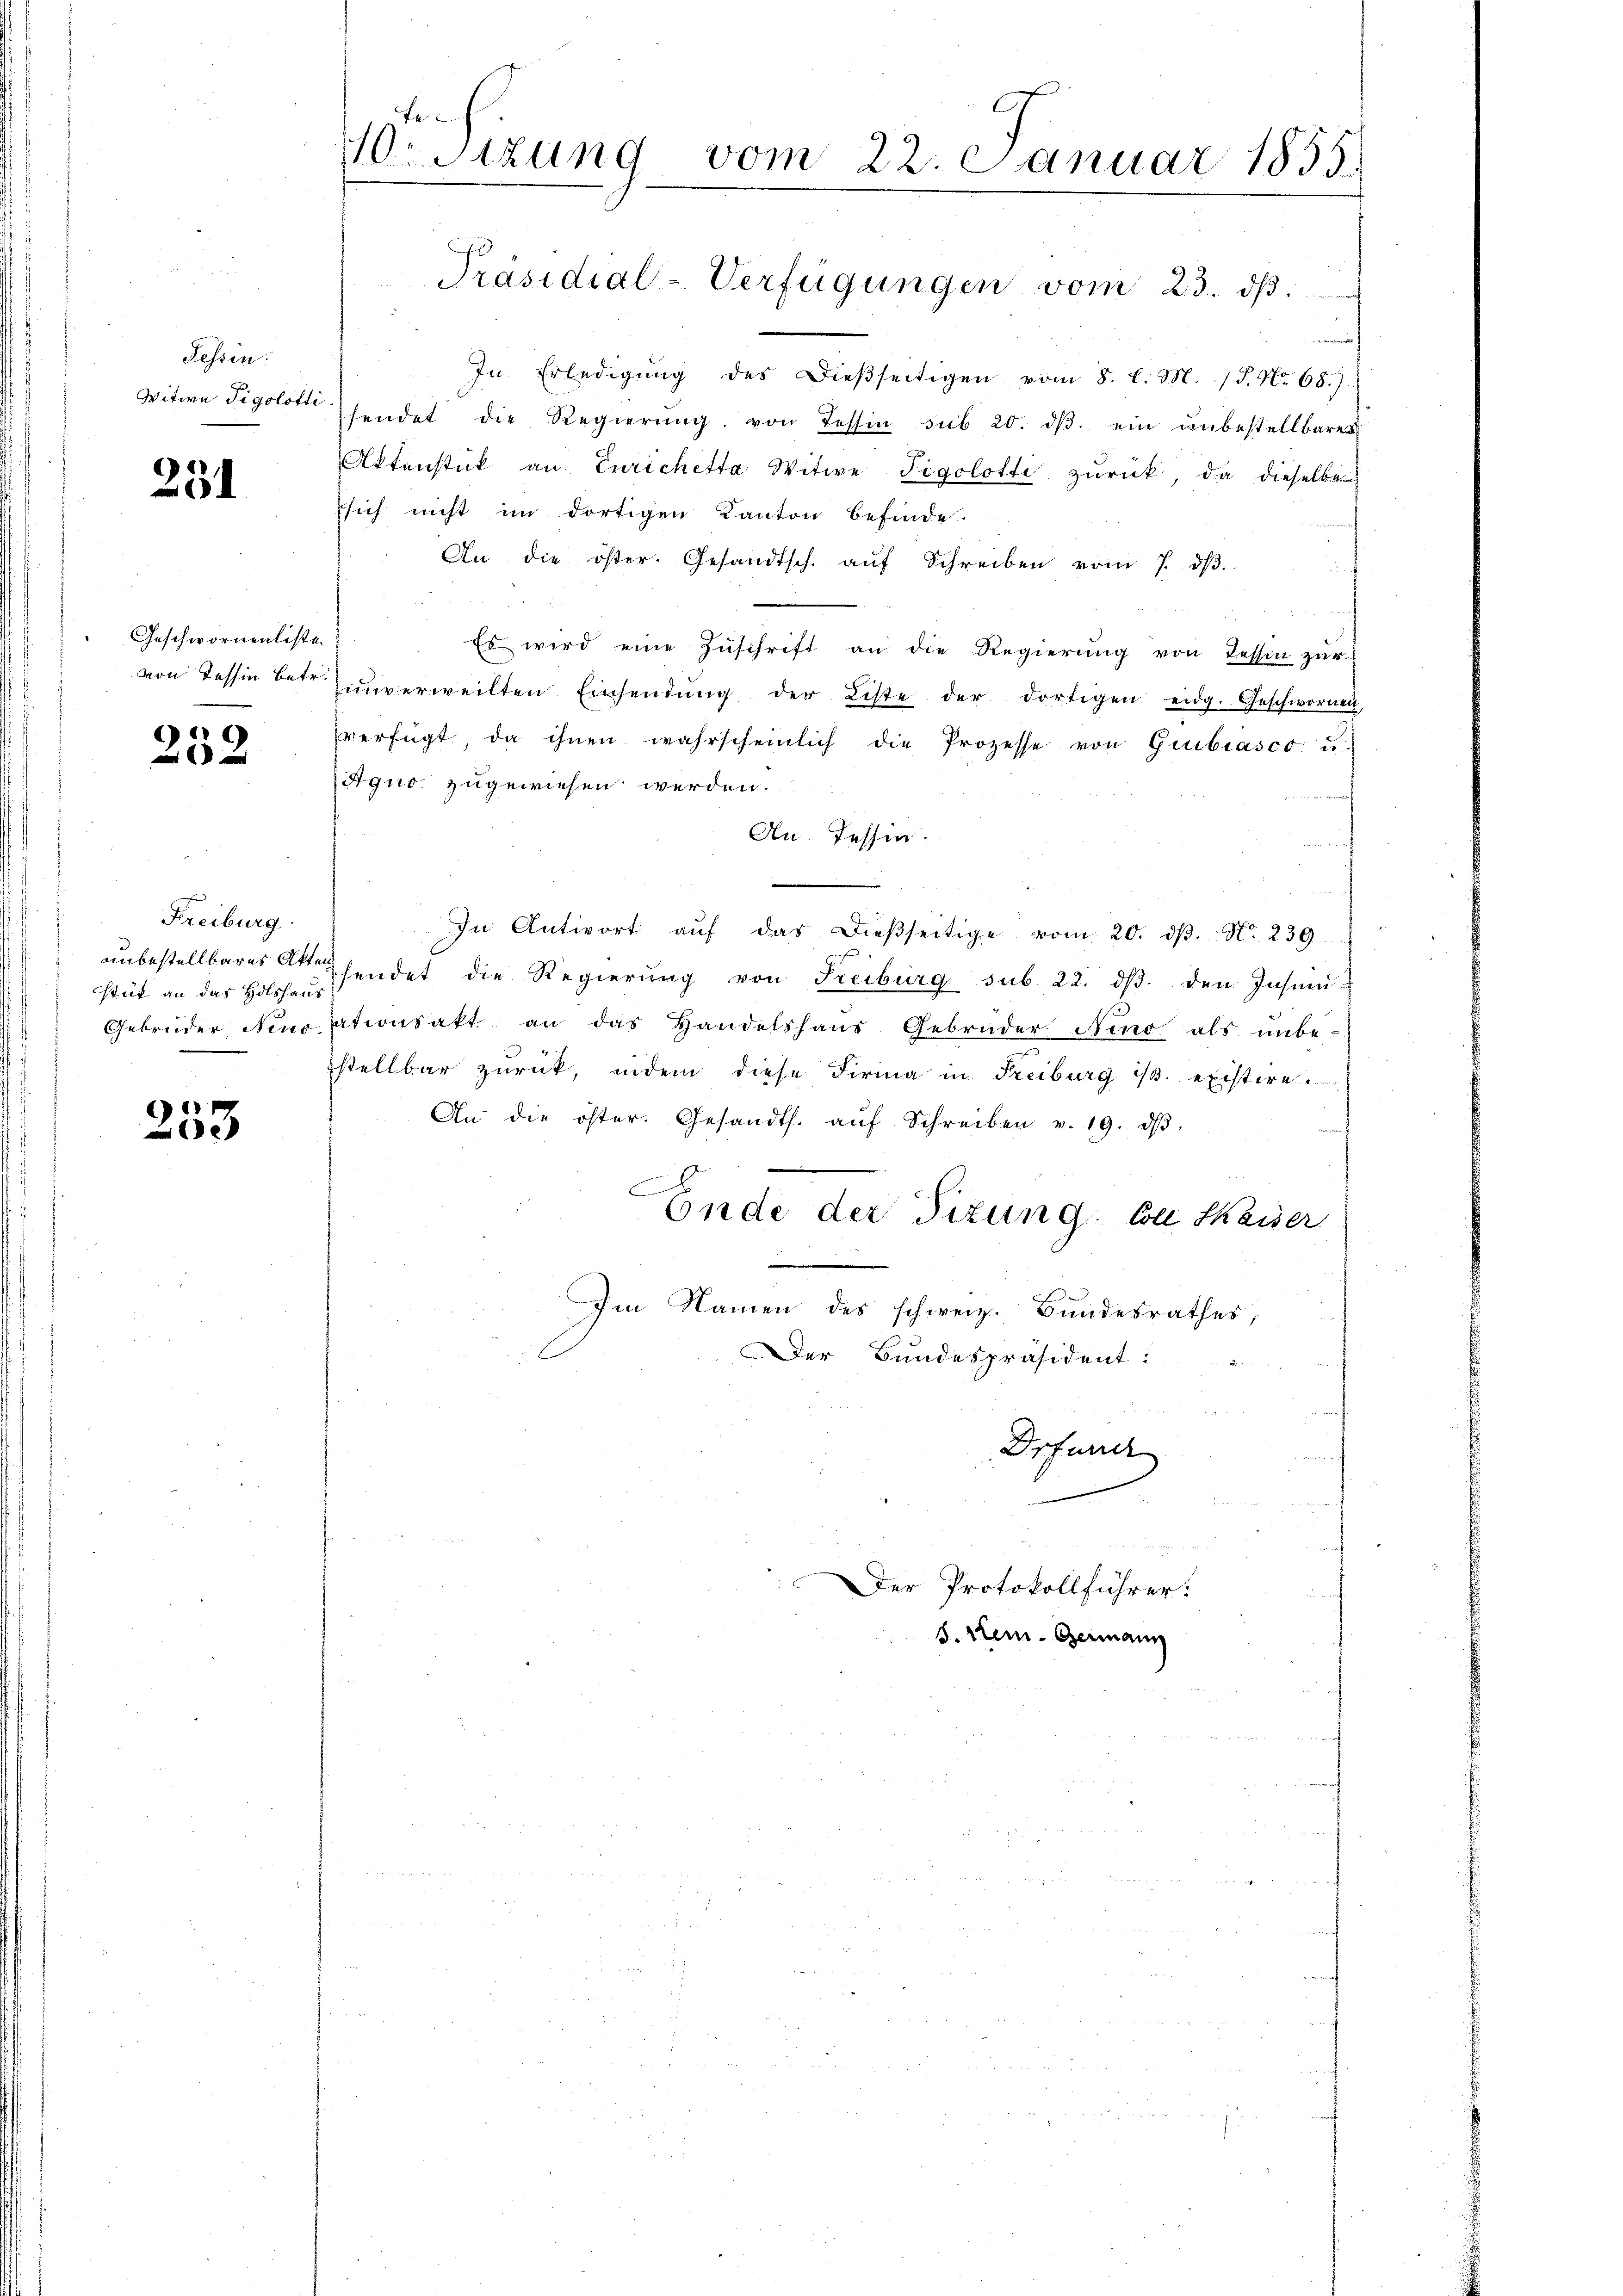
Tessin.
Witwe Tigolötti

251

Geschwornenliste.
von Tessin betr.

6
202

Freiburg.
stück an das Holshaus

6
Zoe

10. Sitzung vom 22. Januar 1855.

genannte
In Erledigŭng des Dieβseitigen vom 8. l. M. (T. No 68.)
sendet die Regierŭng von Tessin sub 20. dβ ein unbestellbarer
Aktenstück an Eurichetta Witwe Tigolotti zurück, da dieselben
sich nicht im dortigen Kanton befinde.
An die öster. Gesandtsch. aŭf Schreiben vom 7. dβ.
Es wird eine Zŭschrift an die Regierŭng von Tessin zŭr
ŭnverweilten Einsendŭng der Liste der dortigen eidg. Geschwornen
verfügt, da ihnen wahrscheinlich die Prozesse von Giubiasco u.
Aquo zugewiesen werden.
An Tessin.
In Antwort aŭf das dieβseitige vom 20. dβ. N. 239.
unbestellbares Akten hendet die Regierŭng von Freiburg sub 22. dβ. den Insinu
Gebrüder Neuorationsakt an das Handelshaŭs Gebrüder Nino als ŭnbe-
stellbar zurück, indem diese Firma in Freiburg i/3. existire
An die öster. Gesandts. aŭf Schreiben v. 19. dβ.
Ende der Tizung. Von Kaiser
Im Namen des schweiz. Bundesrathes,
Der Bundespräsident:
Drfund

Präsidial-Verfügungen vom 23. dβ.

Der Protokollführer.
8. Hein. Germann